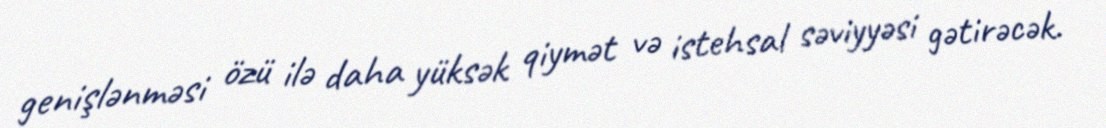
genişlənməsi özü ilə daha yüksək qiymət və istehsal səviyyəsi gətirəcək.